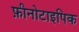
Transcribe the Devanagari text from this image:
फ़ीनोटाइपिक